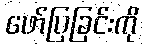
ဖော်ပြခြင်းကို